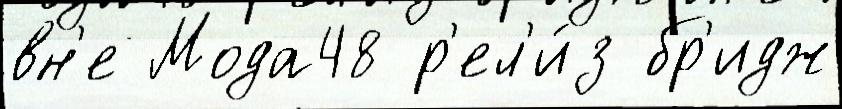
вн'е Мода48 р'ел'и́з бр'идж